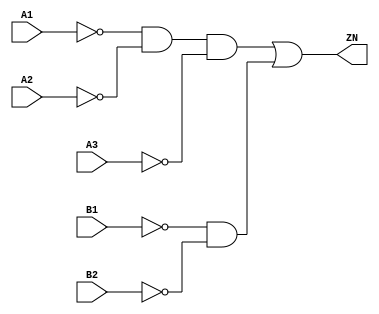
// Copyright 2022 GlobalFoundries PDK Authors
//
// Licensed under the Apache License, Version 2.0 (the "License");
// you may not use this file except in compliance with the License.
// You may obtain a copy of the License at
//
//      http://www.apache.org/licenses/LICENSE-2.0
//
// Unless required by applicable law or agreed to in writing, software
// distributed under the License is distributed on an "AS IS" BASIS,
// WITHOUT WARRANTIES OR CONDITIONS OF ANY KIND, either express or implied.
// See the License for the specific language governing permissions and
// limitations under the License.

module gf180mcu_fd_sc_mcu7t5v0__oai32_4( A2, A3, A1, ZN, B2, B1 );
input A1, A2, A3, B1, B2;
output ZN;

	wire A1_inv_for_gf180mcu_fd_sc_mcu7t5v0__oai32_4;

	not MGM_BG_0( A1_inv_for_gf180mcu_fd_sc_mcu7t5v0__oai32_4, A1 );

	wire A2_inv_for_gf180mcu_fd_sc_mcu7t5v0__oai32_4;

	not MGM_BG_1( A2_inv_for_gf180mcu_fd_sc_mcu7t5v0__oai32_4, A2 );

	wire A3_inv_for_gf180mcu_fd_sc_mcu7t5v0__oai32_4;

	not MGM_BG_2( A3_inv_for_gf180mcu_fd_sc_mcu7t5v0__oai32_4, A3 );

	wire ZN_row1;

	and MGM_BG_3( ZN_row1, A1_inv_for_gf180mcu_fd_sc_mcu7t5v0__oai32_4, A2_inv_for_gf180mcu_fd_sc_mcu7t5v0__oai32_4, A3_inv_for_gf180mcu_fd_sc_mcu7t5v0__oai32_4 );

	wire B1_inv_for_gf180mcu_fd_sc_mcu7t5v0__oai32_4;

	not MGM_BG_4( B1_inv_for_gf180mcu_fd_sc_mcu7t5v0__oai32_4, B1 );

	wire B2_inv_for_gf180mcu_fd_sc_mcu7t5v0__oai32_4;

	not MGM_BG_5( B2_inv_for_gf180mcu_fd_sc_mcu7t5v0__oai32_4, B2 );

	wire ZN_row2;

	and MGM_BG_6( ZN_row2, B1_inv_for_gf180mcu_fd_sc_mcu7t5v0__oai32_4, B2_inv_for_gf180mcu_fd_sc_mcu7t5v0__oai32_4 );

	or MGM_BG_7( ZN, ZN_row1, ZN_row2 );

endmodule